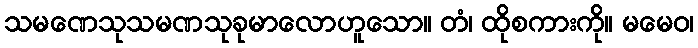
သမဏေသုသမဏသုခုမာလောဟူသော။ တံ၊ ထိုစကားကို။ မမေဝ၊